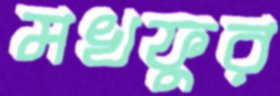
মখফুর